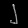
Digit: ၂